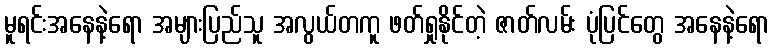
မူရင်းအနေနဲ့ရော အများပြည်သူ အလွယ်တကူ ဖတ်ရှုနိုင်တဲ့ ဇာတ်လမ်း ပုံပြင်တွေ အနေနဲ့ရော